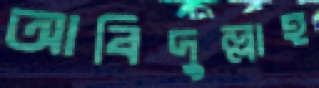
আবিদুল্লাহ